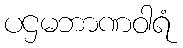
ပဌမဘာဏဝါရံ